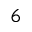
_ 6